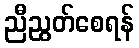
ညီညွတ်စေရန်